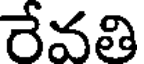
రేవతి